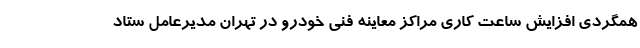
همگردی افزایش ساعت کاری مراکز معاینه فنی خودرو در تهران مدیرعامل ستاد